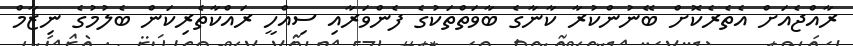
ރާއްޖެއަށް އެތެރެކޮށް ބޭނުންކުރާ ކާނާގެ ބާވަތްތަކުގެ ފެންވަރާއި ސިއްހީ ރައްކާތެރިކަން ބެލުމުގެ ނިޒާމް